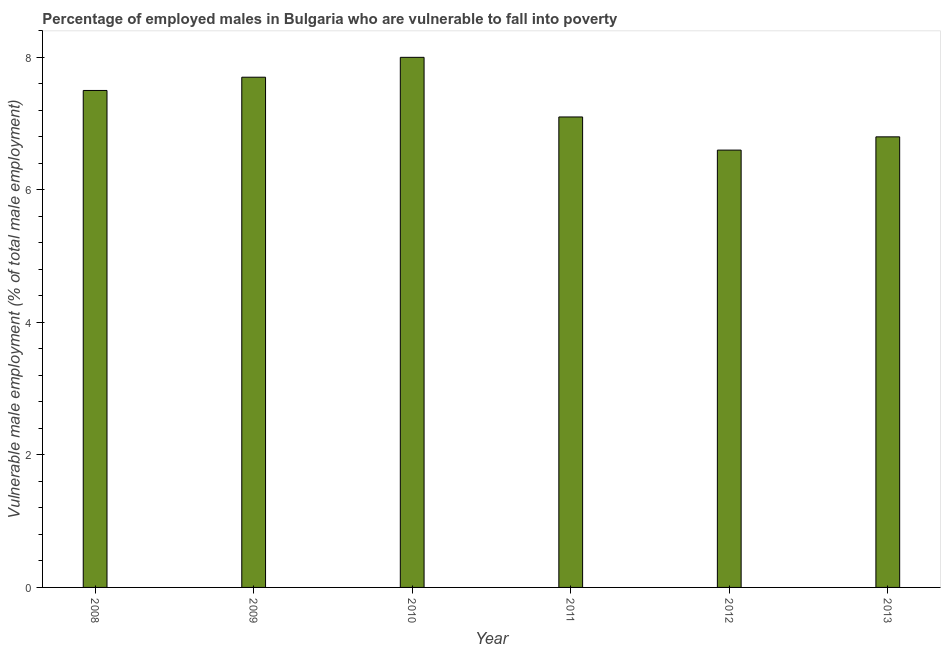
| Year | Percentage of employed males who are vulnerable to fall into poverty |
 | --- | --- |
 | 2008 | 7.5 |
 | 2009 | 7.7 |
 | 2010 | 8 |
 | 2011 | 7.1 |
 | 2012 | 6.6 |
 | 2013 | 6.8 |